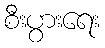
စီးပွားရေး